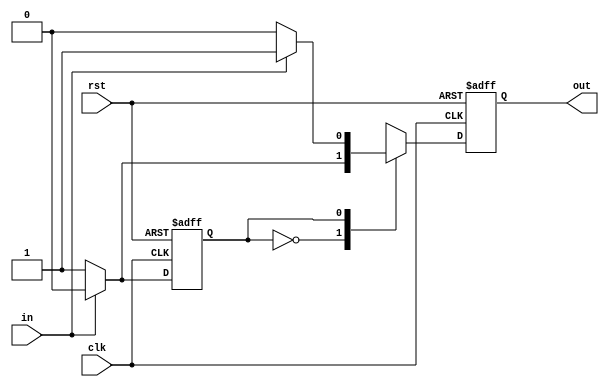
module FSM (clk,rst,in,out);
input clk,rst,in;
output out;
reg state;
reg out;

always @(posedge clk,posedge rst)
begin 

if(rst)begin
	state <= 1'b0;
	out <= 0;
	end
else
begin 
	case(state)
        1'b0:
	begin
	if(in) begin
	state <= 1'b0;
	out <=0; end
	else begin
	state <= 1'b1;
	out <=1; end
	end
	1'b1:
	begin
	if(in) begin
	state <= 1'b0;
	out <=1; end
	else begin
	state <= 1'b1;
	out <=0; end
	end 
	default: begin 
	state<= 1'b0;
	out<=0; end 
endcase
end 
end
endmodule